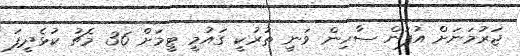
ޖަރުމަނަށް އުފަން ސާހިން ވަނީ ތުރުކީ ގައުމީ ޓީމަށް 36 މެޗު ކުޅެދީފަ